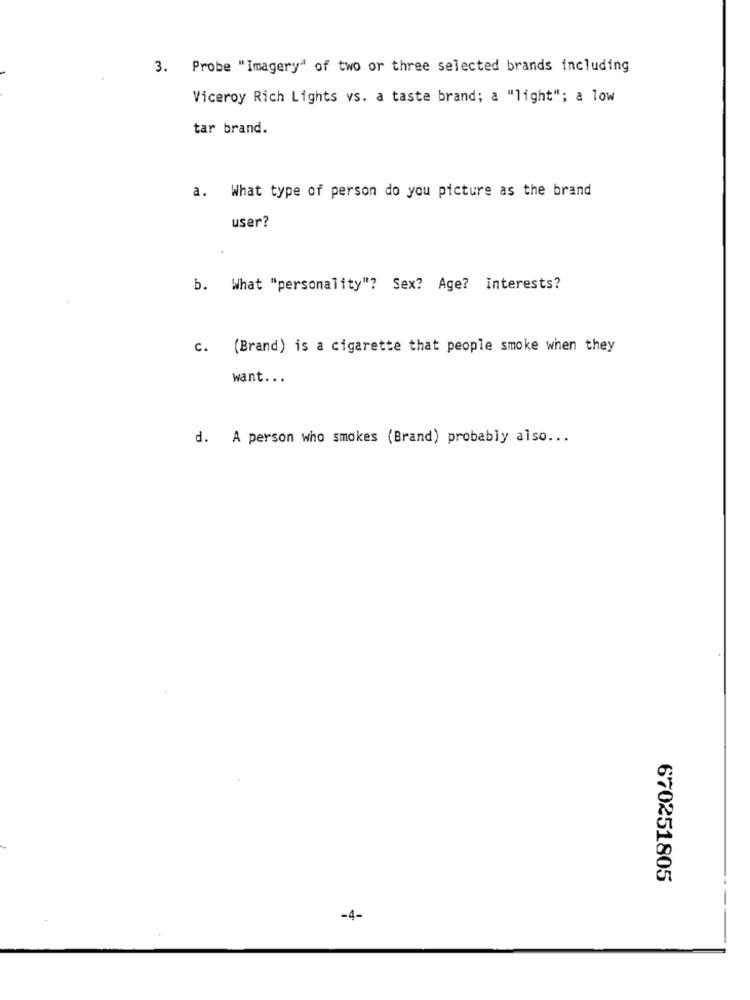
3. Probe "Imagery" of two or three selected brands including
Viceroy Rich Lights vs. a taste brand; a "light"; a low
tar brand.
a. What type of person do you picture as the brand
user?
b. What "personality"? Sex? Age? interests?
C. (Brand) is a cigarette that people smoke when they
want ...
d. A person who smokes (Brand) probably also ...
670251805
-4-